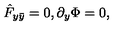
\hat { F } _ { y \bar { y } } = 0 , \partial _ { y } \Phi = 0 ,